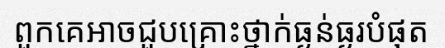
ពួកគេអាចជួបគ្រោះថ្នាក់ធ្ងន់ធ្ងរបំផុត